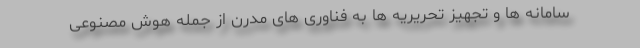
سامانه ها و تجهیز تحریریه ها به فناوری های مدرن از جمله هوش مصنوعی